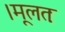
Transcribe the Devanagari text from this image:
।मूलतः